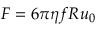
F = 6 \pi \eta f R u _ { 0 }